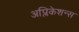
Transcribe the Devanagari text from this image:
अप्लिकेशन्स